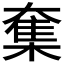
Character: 𡙸